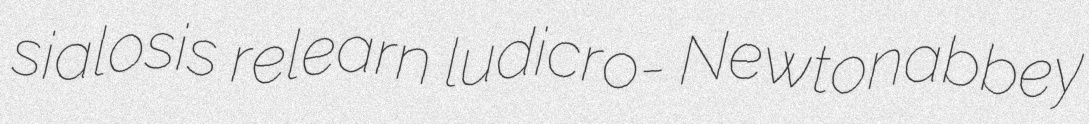
sialosis relearn ludicro- Newtonabbey